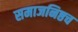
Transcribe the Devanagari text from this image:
समाजनिष्ठच